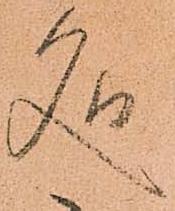
処